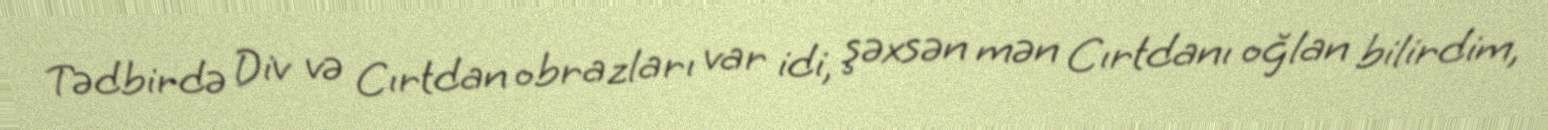
Tədbirdə Div və Cırtdan obrazları var idi, şəxsən mən Cırtdanı oğlan bilirdim,